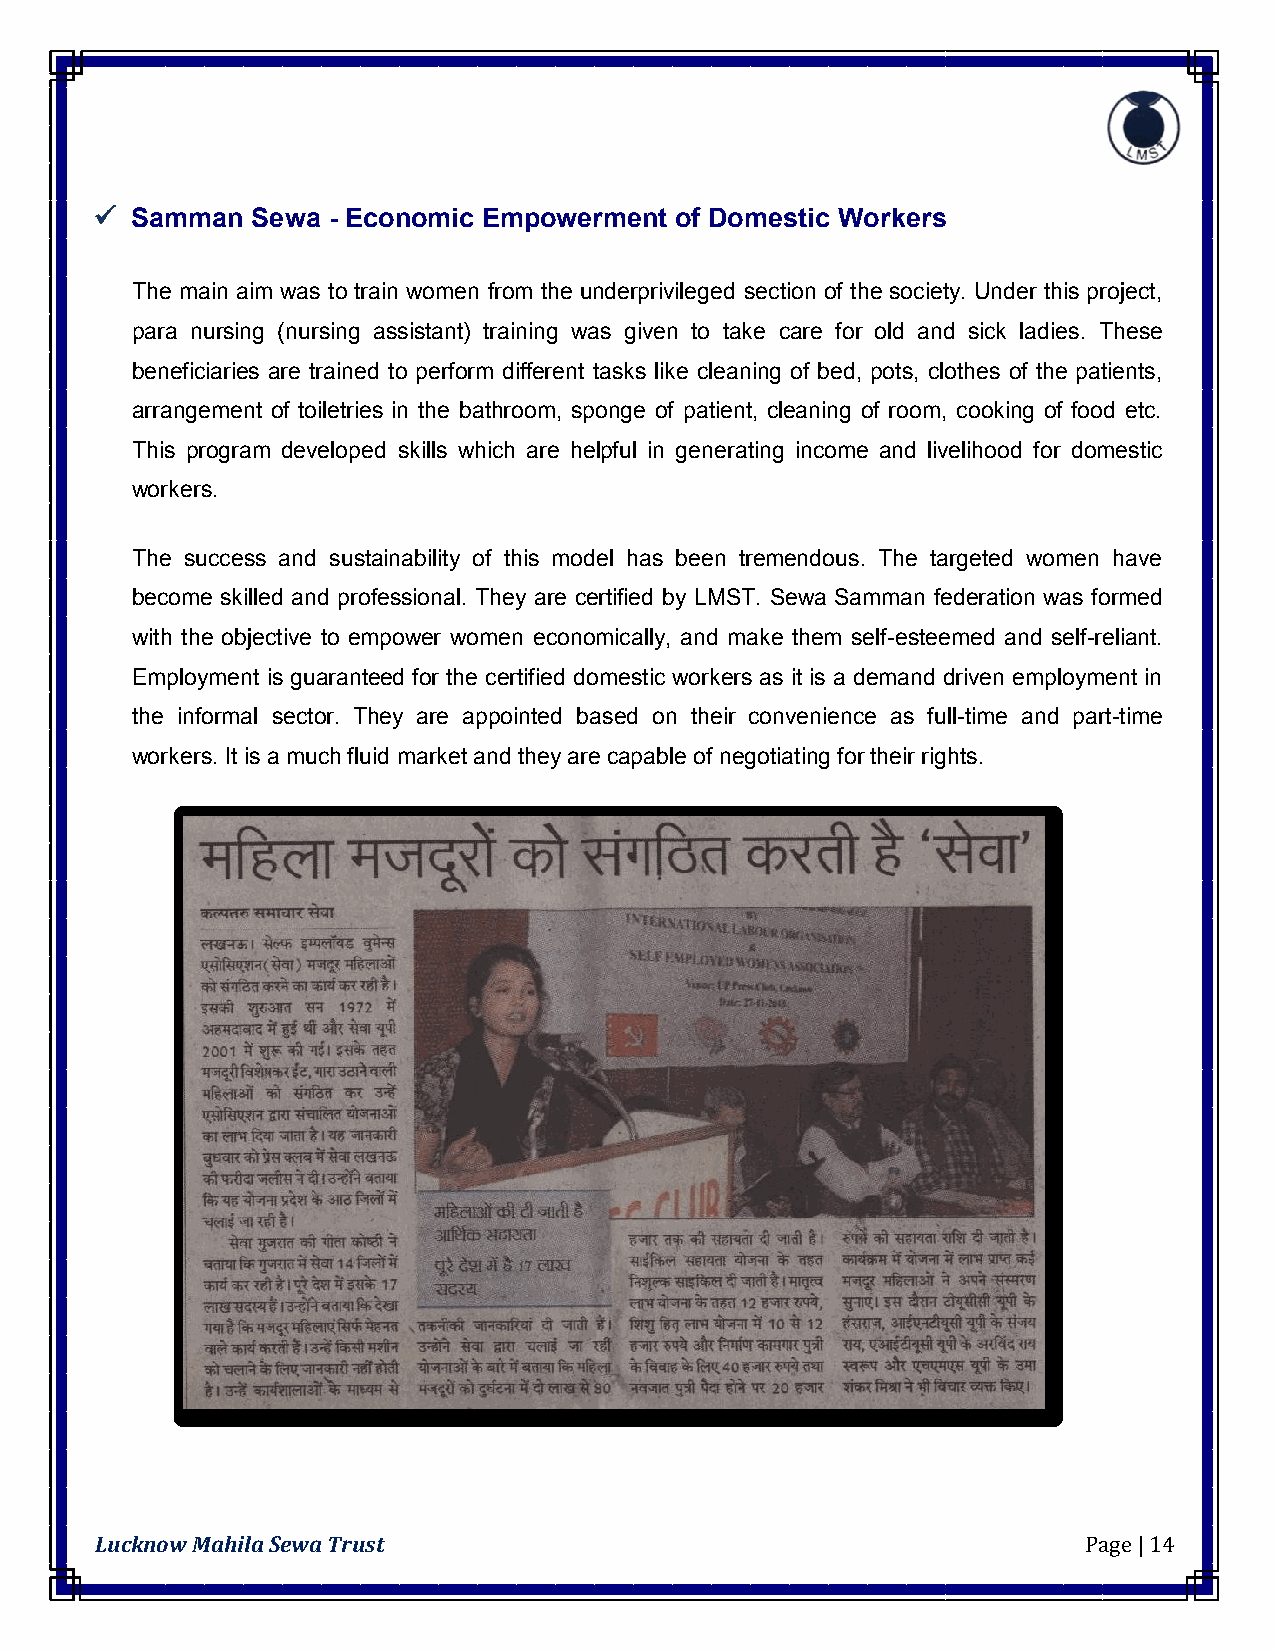
  Samman  Sewa - Economic Empowerment of Domestic Workers
 The main aim was to train women from the underprivileged section of the society. Under this project,
 para nursing (nursing assistant) training was given to take care for old and sick ladies. These
 beneficiaries are trained to perform different tasks like cleaning of bed, pots, clothes of the patients,
 arrangement of toiletries in the bathroom, sponge of patient, cleaning of room, cooking of food etc.
 This program developed skills which are helpful in generating income and livelihood for domestic
 workers.
 The success and sustainability of this model has been tremendous. The targeted women have
 become skilled and professional. They are certified by LMST. Sewa Samman federation was formed
 with the objective to empower women economically, and make them self-esteemed and self-reliant.
 Employment is guaranteed for the certified domestic workers as it is a demand driven employment in
 the informal sector. They are appointed based on their convenience as full-time and part-time
 workers. It is a much fluid market and they are capable of negotiating for their rights.
 Lucknow Mahila Sewa Trust                                         Page | 14